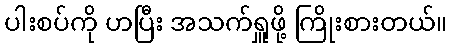
ပါးစပ်ကို ဟပြီး အသက်ရှူဖို့ ကြိုးစားတယ်။